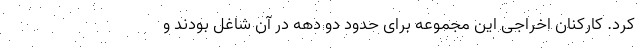
کرد. کارکنان اخراجی این مجموعه برای حدود دو دهه در آن شاغل بودند و